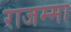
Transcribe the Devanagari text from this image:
राजम्मा